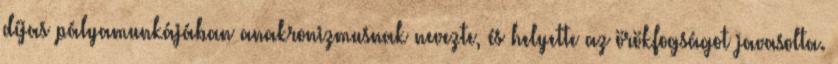
díjas pályamunkájában anakronizmusnak nevezte, és helyette az örökfogságot javasolta.